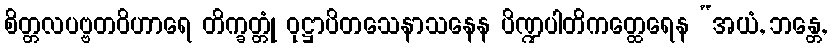
စိတ္တလပဗ္ဗတဝိဟာရေ တိက္ခတ္တုံ ဝုဋ္ဌာပိတသေနာသနေန ပိဏ္ဍပါတိကတ္ထေရေန “အယံ, ဘန္တေ,